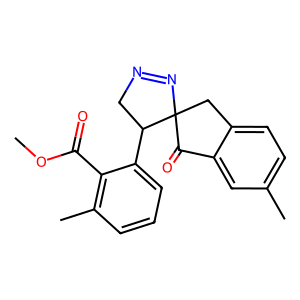
SMILES: COC(=O)c1c(C)cccc1C1CN=NC12Cc1ccc(C)cc1C2=O
Inhibits HIV replication: Yes